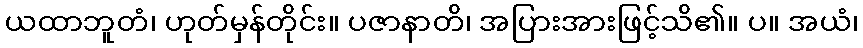
ယထာဘူတံ၊ ဟုတ်မှန်တိုင်း။ ပဇာနာတိ၊ အပြားအားဖြင့်သိ၏။ ပ။ အယံ၊